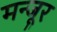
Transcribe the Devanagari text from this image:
मन्जूर